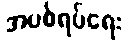
အပစ်ရပ်ရေး